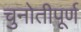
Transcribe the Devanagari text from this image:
चुनोतीपूर्ण